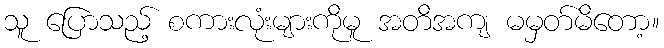
သူ ပြောသည့် စကားလုံးများကိုမူ အတိအကျ မမှတ်မိတော့။